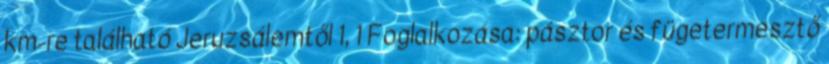
km-re található Jeruzsálemtől 1, 1 Foglalkozása: pásztor és fügetermesztő